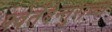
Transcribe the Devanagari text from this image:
फ्वेर्तेबेन्तुराच्या